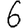
Digit: 6